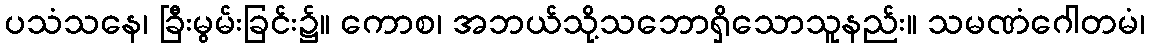
ပသံသနေ၊ ခြီးမွမ်းခြင်း၌။ ကောစ၊ အဘယ်သို့သဘောရှိသောသူနည်း။ သမဏံဂေါတမံ၊